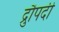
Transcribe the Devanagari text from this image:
द्रुौपदी